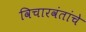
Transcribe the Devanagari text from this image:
विचारवंतांचे